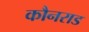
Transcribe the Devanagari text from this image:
कौनराड